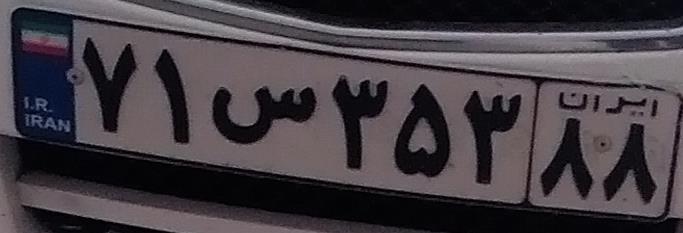
۷۱س۳۵۳۸۸